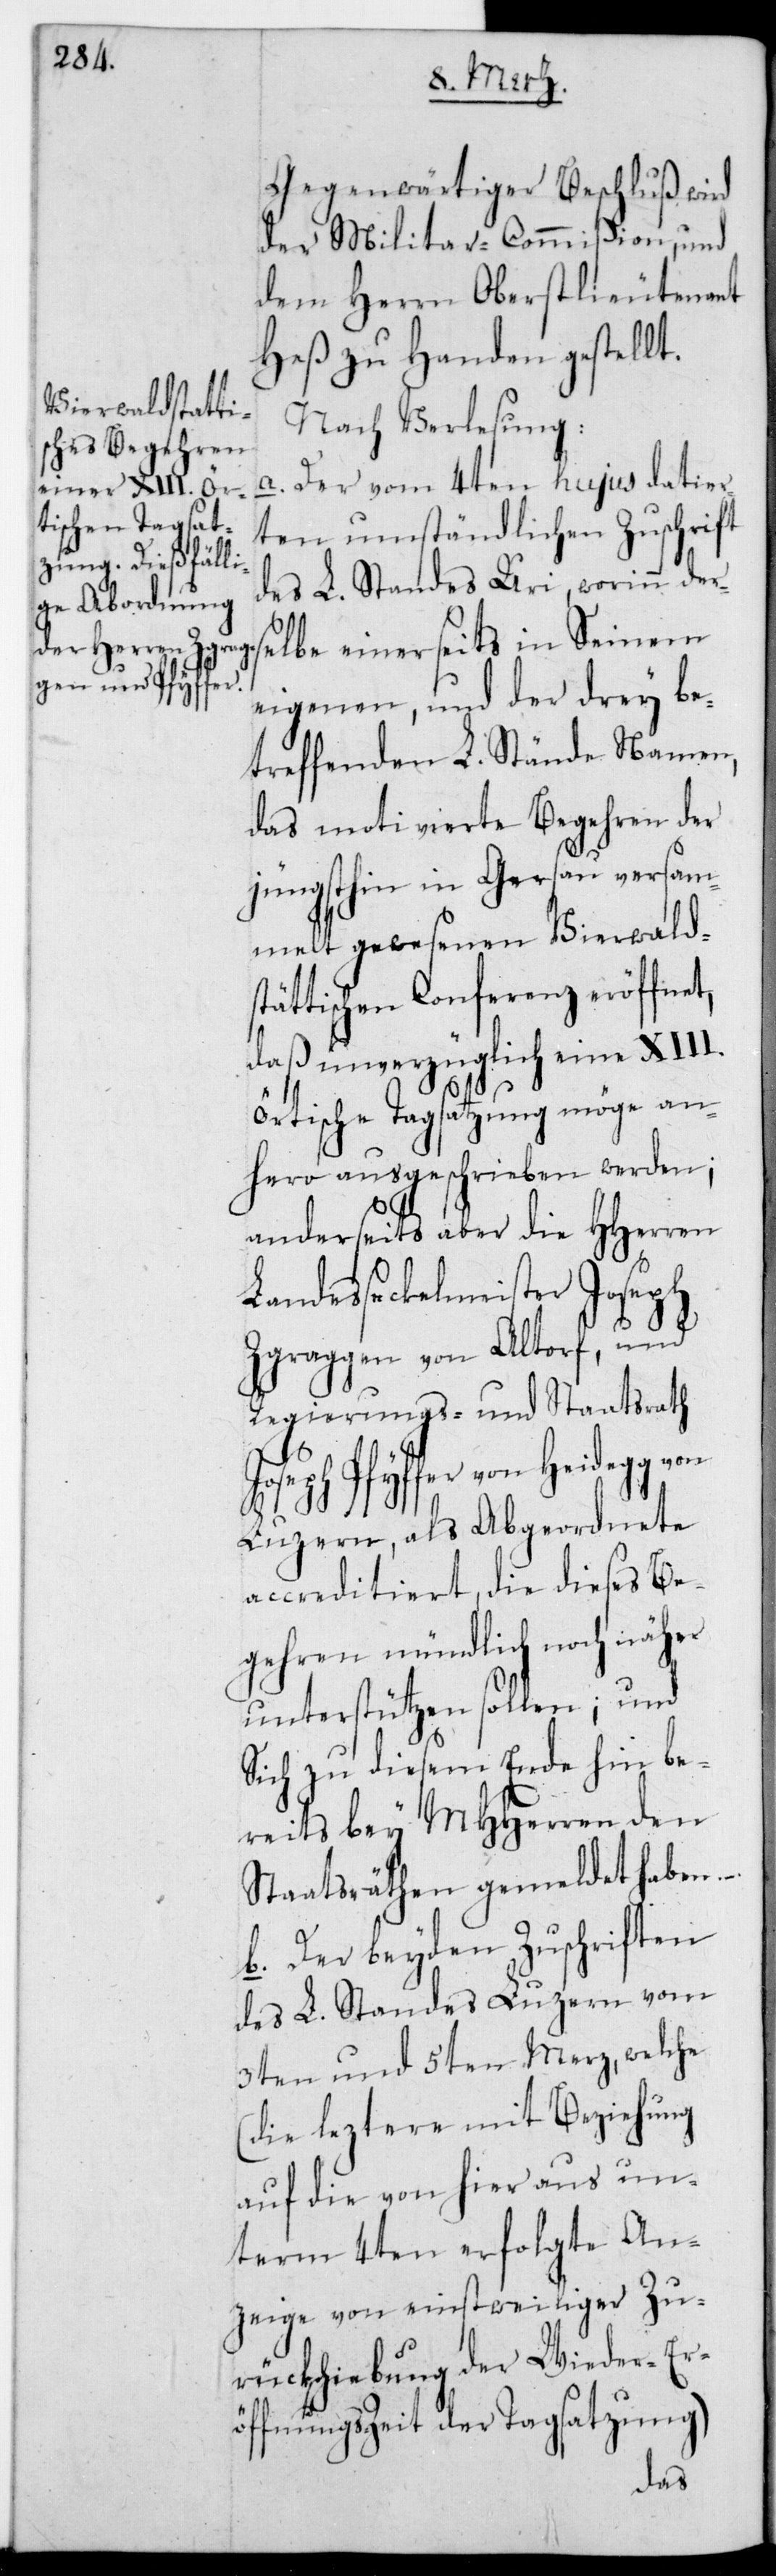
Gegenwärtiger Beschluß wird
der Militar-Commißion und
dem Herrn Oberstlieutenant
Heß zu Handen gestellt.
Nach Verlesung
a. Der vom 4ten hujus datier¬
ten umständlichen Zuschrift
des L. Standes Uri, worinn ders¬
elbe einerseits in Seinem
eigenen, und der drey be¬
treffenden L. Stände Namen,
das motivierte Begehren der
jüngsthin in Gersau versam¬
melt gewesenen Vierwalds¬
tättischen Conferenz eröffnet,
daß unverzüglich eine XIII.
örtische Tagsatzung möge an¬
hero ausgeschrieben werden;
anderseits aber die HHerren
Landeßekelmeister Joseph
Zgraggen von Altorf, und
Regierungs- und Staatsrath
oseph Pfyffer von Heidegg
J¬
Luzern, als Abgeordnete
accreditiert, die dieses Be¬
gehren mündlich noch näher
unterstützen sollen; und
sich zu diesem Ende hin be¬
reits bey MHHerren den
Staatsräthen gemeldet haben.
b. Der beyden Zuschriften
des L. Standes Luzern vom
3ten und 5ten Merz, welche
(die leztere mit Beziehung
auf die von hier aus un¬
term 4ten erfolgte An¬
zeige von einstweiliger Zu¬
rückschiebung der Wiederer¬
öffnungszeit der Tagsatzung)